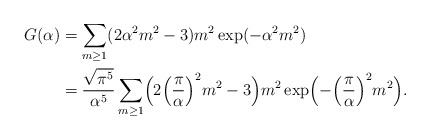
\begin{align*} \begin{aligned} G(\alpha)&=\sum_{m\ge 1}(2\alpha^2 m^2-3)m^2 \exp(-\alpha^2m^2)\\ &=\frac{\sqrt{\pi^5}}{\alpha^5}\sum_{m\ge 1} \Bigl(2\Bigl(\frac{\pi}{\alpha}\Bigr)^2m^2-3\Bigr) m^2\exp\Bigl(-\Bigl(\frac{\pi}{\alpha}\Bigr)^2 m^2\Bigr). \end{aligned}\end{align*}